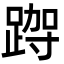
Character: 𮛮